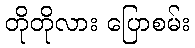
တိုတိုလား ပြောစမ်း